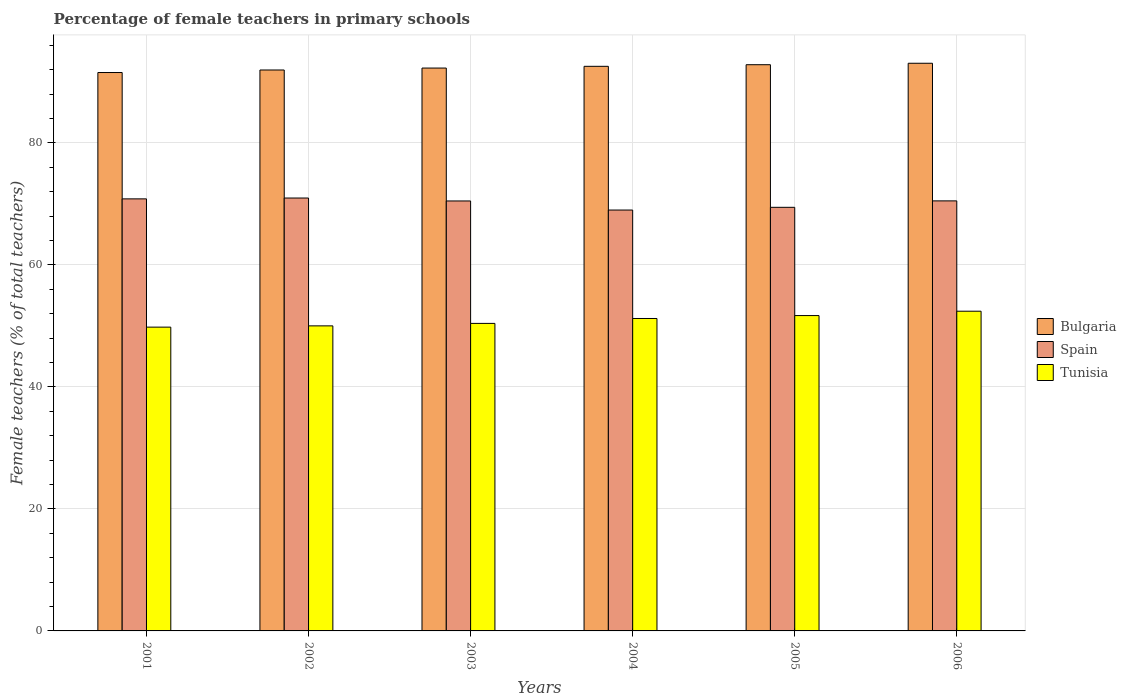
| Years | Bulgaria | Spain | Tunisia |
 | --- | --- | --- | --- |
 | 2001 | 91.5 | 70.8 | 49.8 |
 | 2002 | 92 | 71 | 50 |
 | 2003 | 92.3 | 70.5 | 50.4 |
 | 2004 | 92.6 | 69 | 51.2 |
 | 2005 | 92.8 | 69.4 | 51.7 |
 | 2006 | 93.1 | 70.5 | 52.4 |